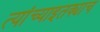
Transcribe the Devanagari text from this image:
त्यांच्याइतक्याच